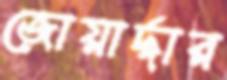
জোয়ার্দ্দার